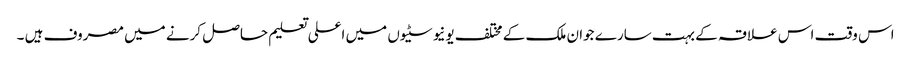
اس وقت اس علاقہ کے بہت سارے جوان ملک کے مختلف یونیوسٹیوں میں اعلی تعلیم حاصل کرنے میں مصروف ہیں ۔